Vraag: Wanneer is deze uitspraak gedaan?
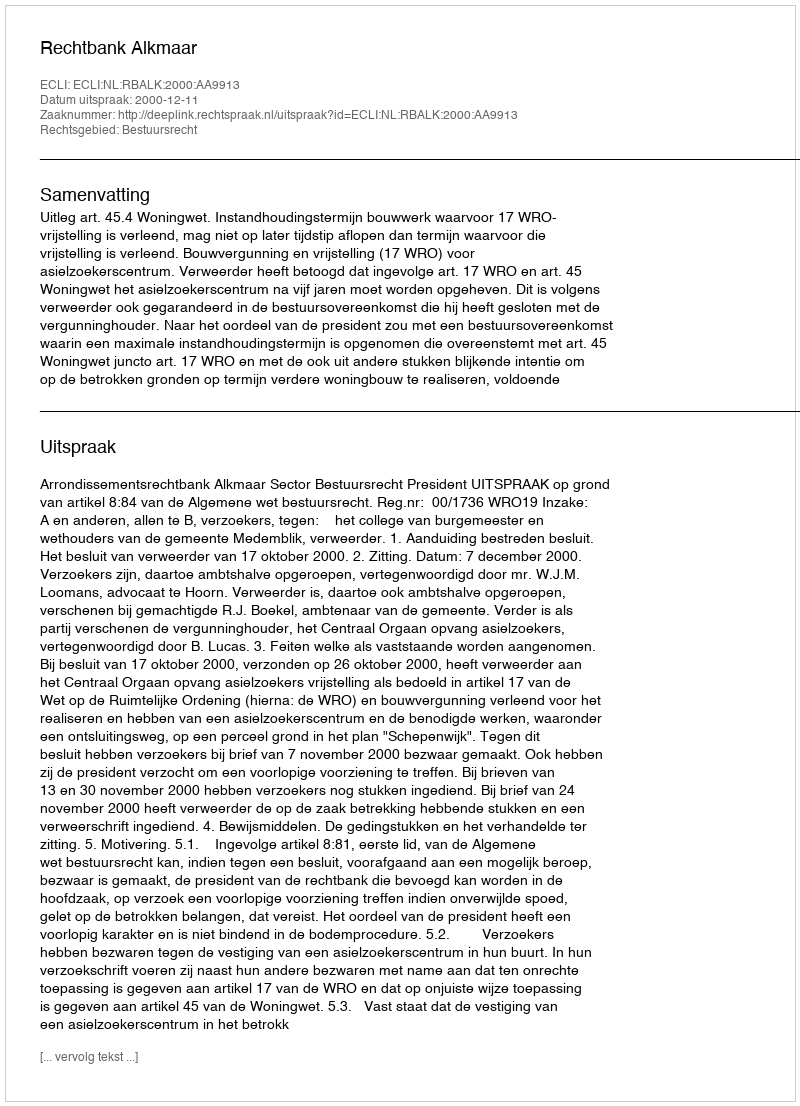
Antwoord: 2000-12-11